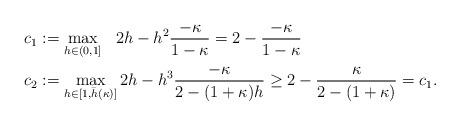
LaTeX: \begin{align*} &c_1 := \max_{h\in(0,1]} \,\,\,\, 2 h - h^2 \frac{-\kappa}{1-\kappa} = 2 - \frac{-\kappa}{1-\kappa} \\ &c_2 := \max_{h\in[1,\bar{h}(\kappa)]} 2 h - h^3 \frac{-\kappa}{2-(1+\kappa)h} \geq 2 - \frac{\kappa}{2-(1+\kappa)} = c_1.\end{align*}